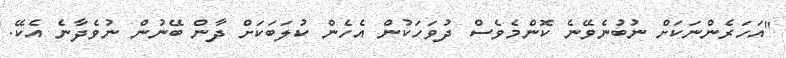
"އަހަރެންނަކަށް ނުބުނެވޭނެ ކޮންމެވެސް ދުވަހަކުން އެހެން ކުލަބަކަށް ދާން ބޭނުން ނުވެދާނެ އެކޭ.